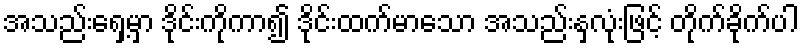
အသည်းရှေ့မှာ ဒိုင်းကိုကာ၍ ဒိုင်းထက်မာသော အသည်းနှလုံးဖြင့် တိုက်ခိုက်ပါ